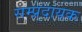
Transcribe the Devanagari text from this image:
सम्‍प्रदायक